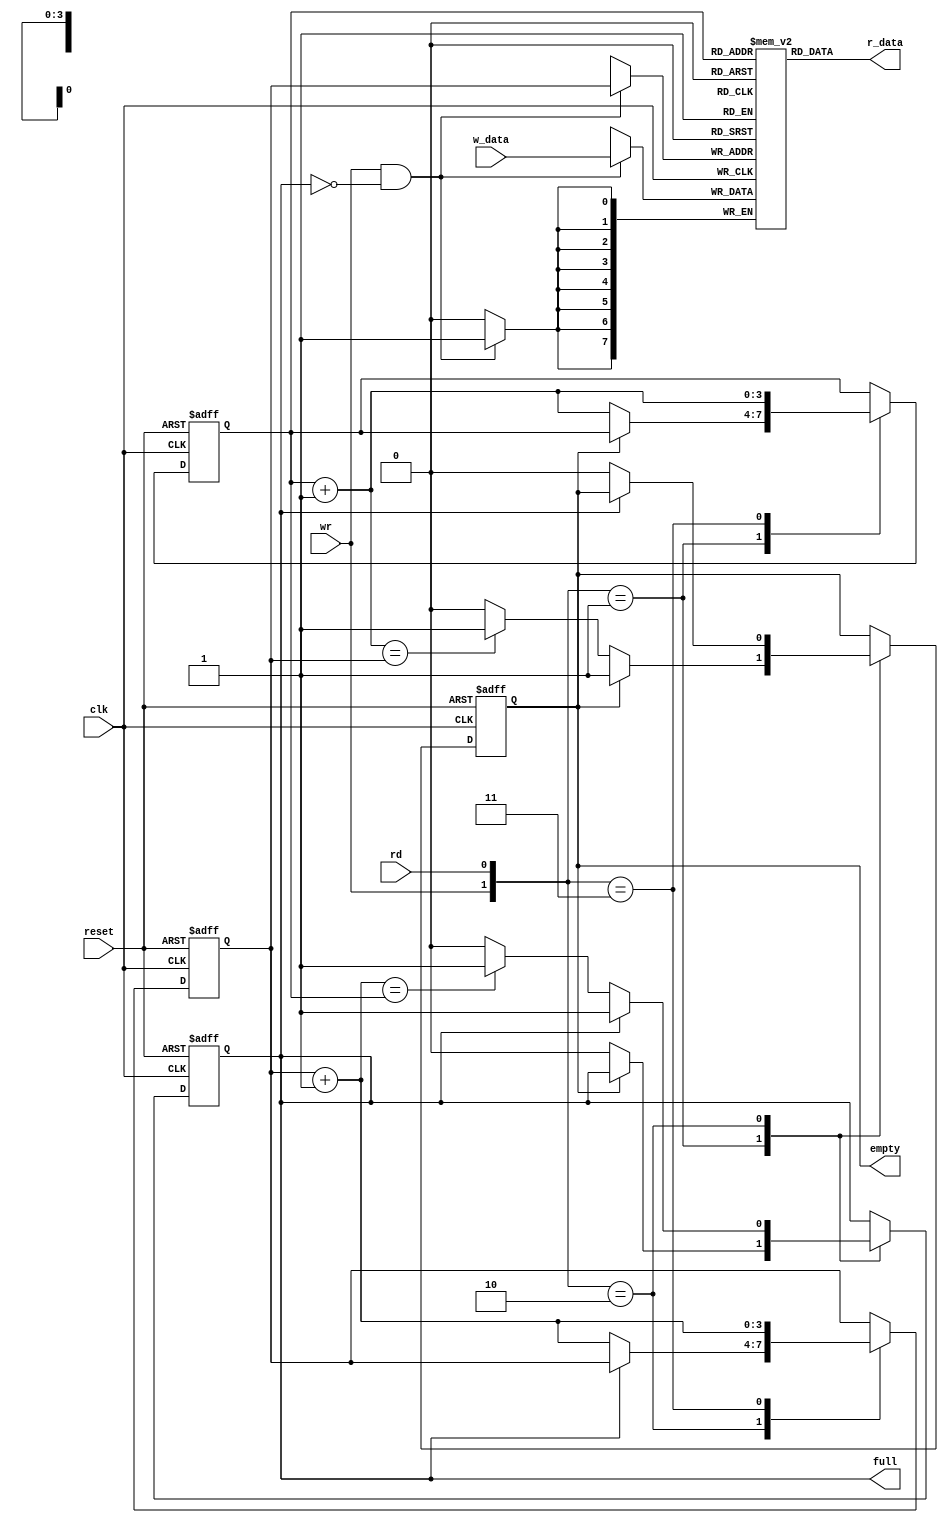
`timescale 1ns / 1ps
//////////////////////////////////////////////////////////////////////////////////
// Company: 
// Engineer: 
// 
// Design Name: 
// Module Name:    fifo 
// Project Name: 
// Target Devices: 
// Tool versions: 
// Description: 
//
// Dependencies: 
//
// Revision: 
// Revision 0.01 - File Created
// Additional Comments: 
//
//////////////////////////////////////////////////////////////////////////////////
module fifo #(parameter B = 8 , // number of bits in a word 
								W=4 // number of address bits 
				)
				( 

				input wire clk, reset, 
				input wire rd , wr , 
				input wire [B-1:0] w_data , 
				output wire empty, full, 
				output wire [B - 1 : 0] r_data  
				); 
	// signal declaration 
	reg [B - 1:0] array_reg [2**W-1:0]; // register array 
	(* keep = "true" *) (* s = "true" *) reg [W - 1 : 0] w_ptr_reg , w_ptr_next , w_ptr_succ ; 
	(* keep = "true" *) (* s = "true" *) reg [W - 1:0] r_ptr_reg , r_ptr_next , r_ptr_succ ; 
	reg full_reg , empty_reg , full_next , empty_next ; 

	wire wr_en; 
	// body 
	// register file write operation 
	always @(posedge clk) 
		if (wr_en) 
			array_reg [w_ptr_reg] <= w_data; 
	// register file read operation 
	assign r_data = array_reg [r_ptr_reg] ; 
	// write enabled only when FIFO is not full 
	assign wr_en = wr & ~full_reg; 

	// fifo control logic 
	// register for read and write pointers 
	always @(posedge clk, posedge reset) 
		if (reset) 
			begin 

				w_ptr_reg <= 0; 
				r_ptr_reg <= 0; 
				full_reg <= 1'b0; 
				empty_reg <= 1'b1; 

			end 
		else 
			begin 
				w_ptr_reg <= w_ptr_next ; 
				r_ptr_reg <= r_ptr_next ; 
				full_reg <= full_next ; 
				empty_reg <= empty_next ; 
			end 

	// next -s t ate logic for read and write pointers 

	always @* 
	begin 

		// successive pointer values 
		w_ptr_succ = w_ptr_reg + 1; 
		r_ptr_succ = r_ptr_reg + 1; 
		// default: keep old values 

		w_ptr_next = w_ptr_reg; 
		r_ptr_next = r_ptr_reg ; 
		full_next = full_reg; 
		empty_next = empty_reg; 

		case ({wr , rd}) 
		// 2 ' b00 : no op 
			2'b01: // read 
				if ( ~empty_reg ) // not empty 
					begin 
						r_ptr_next = r_ptr_succ ; 
						full_next = 1'b0; 
						if (r_ptr_succ==w_ptr_reg) 
							empty_next = 1'b1; 
					end 
			2'b10: // write 
				if (~full_reg) // not full 
					begin 
						w_ptr_next = w_ptr_succ ; 
						empty_next = 1'b0; 
						if (w_ptr_succ==r_ptr_reg) 
							full_next = 1'b1;
					end 
			2'b11: // write and read 
				begin 
					w_ptr_next = w_ptr_succ ; 
					r_ptr_next = r_ptr_succ ; 
				end 

		endcase 

	end 

	// output 

	assign full = full_reg; 
	assign empty = empty_reg ; 

endmodule